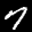
Label: 7